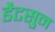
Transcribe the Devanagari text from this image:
डैटसुन